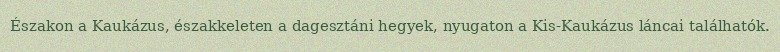
Északon a Kaukázus, északkeleten a dagesztáni hegyek, nyugaton a Kis-Kaukázus láncai találhatók.